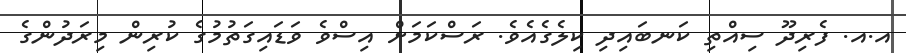
އ.އ. ފެރިދޫ ސިއްތި ކަނބައިދި ކިލެގެއެވެ. ރަސްކަމަށް އިސްވެ ވަޑައިގަތުމުގެ ކުރިން މިރަދުންގެ